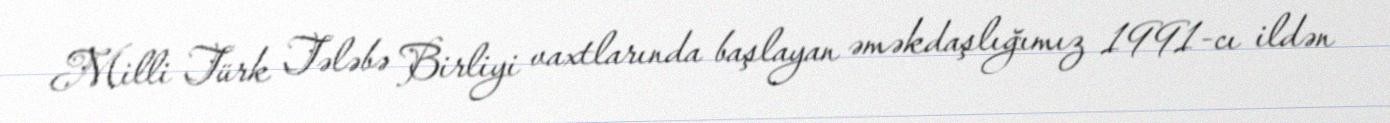
Milli Türk Tələbə Birliyi vaxtlarında başlayan əməkdaşlığımız 1991-cı ildən